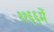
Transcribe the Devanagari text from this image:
११६६में